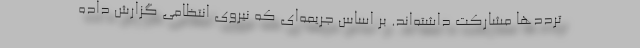
ترددها مشارکت داشته‌اند. بر اساس جریمه‌ای که نیروی انتظامی گزارش داده